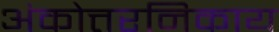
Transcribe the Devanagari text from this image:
अंकोत्तरनिकाय